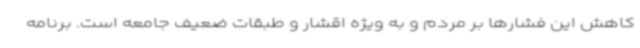
کاهش این فشارها بر مردم و به ویژه اقشار و طبقات ضعیف جامعه است. برنامه